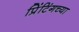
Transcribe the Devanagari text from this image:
प्रिंटिंगच्या